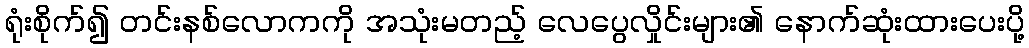
ရုံးစိုက်၍ တင်းနစ်လောကကို အသုံးမတည့် လေပွေလှိုင်းများ၏ နောက်ဆုံးထားပေးပို့